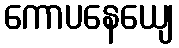
ကောပနေယျေ